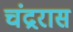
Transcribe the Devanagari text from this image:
चंद्ररास